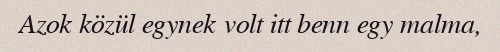
Azok közül egynek volt itt benn egy malma,